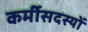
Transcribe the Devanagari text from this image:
कर्मीसदस्यों